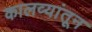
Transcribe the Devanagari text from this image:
कालव्यांतून